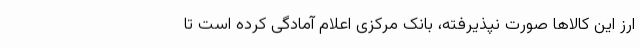
ارز این کالاها صورت نپذیرفته، بانک مرکزی اعلام آمادگی کرده است تا